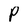
Character: P